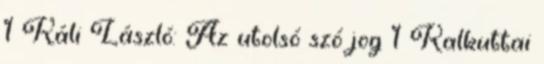
1 Káli László: Az utolsó szó jog 1 Kalkuttai